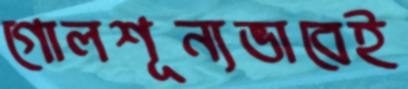
গোলশূন্যভাবেই